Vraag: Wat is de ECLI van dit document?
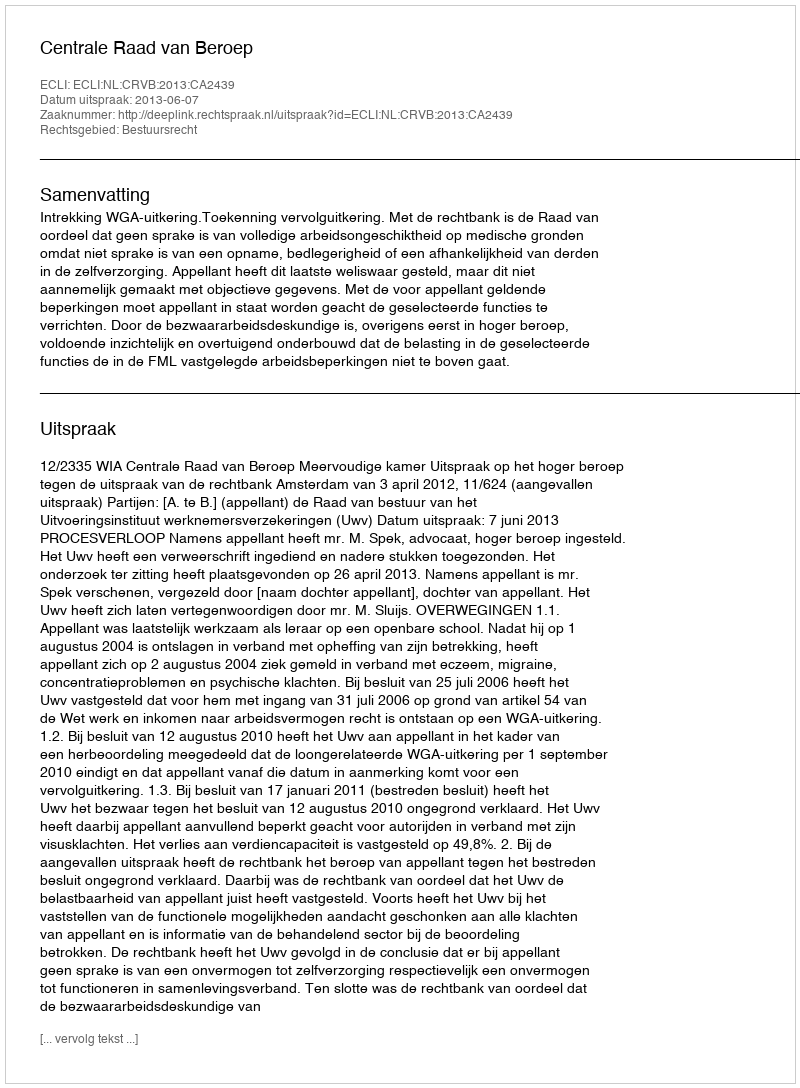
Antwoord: ECLI:NL:CRVB:2013:CA2439